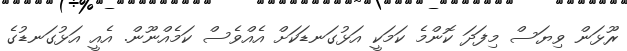
ރޫޅަން ވިޔަސް މިފަދަ ކޮންމެ ކަމަކީ އަޅުގަނޑަކަށް އެއްވެސް ކަމެއްނޫން. އެއީ އަޅުގަނޑުގެ